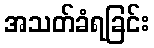
အသတ်ခံရခြင်း